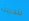
بتجربة